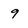
Character: 9